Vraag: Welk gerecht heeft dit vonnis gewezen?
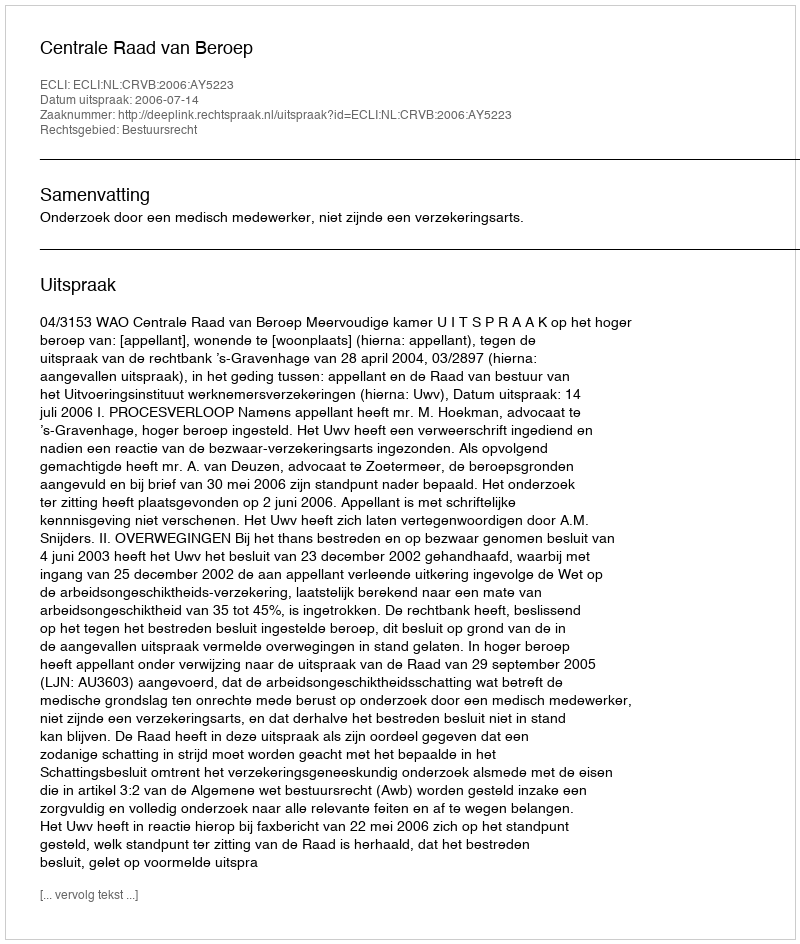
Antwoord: Centrale Raad van Beroep